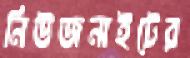
নিউজনাইটের